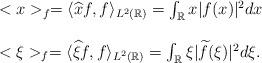
LaTeX: \begin{align*}\begin{array}{l}<x>_f= \langle \widehat{x}f, f \rangle_{L^2 (\mathbb{R})}= \int_{\mathbb{R}} x | f (x)|^2 dx \\\\<\xi>_f= \langle \widehat{\xi}f, f \rangle_{L^2 (\mathbb{R})}= \int_{\mathbb{R}} \xi | \widetilde{f} (\xi)|^2 d \xi .\end{array}\end{align*}